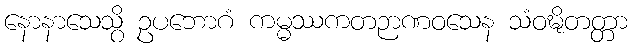
နောနာသေသွိ ဥပဘောဂံ ကမ္မဿကတဉာဏဝသေန သံဝဍ္ဎိတတ္တာ